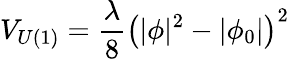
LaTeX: V_{U(1)}=\frac{\lambda}{8}\left(|\phi|^{2}-|\phi_{0}|\right)^{2}